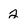
Character: 2